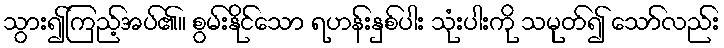
သွား၍ကြည့်အပ်၏။ စွမ်းနိုင်သော ရဟန်းနှစ်ပါး သုံးပါးကို သမုတ်၍ သော်လည်း